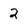
Character: 2